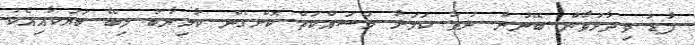
ފާޑު ވިދާޅުވާން ބޭނުން ނުވާ ކަމަށާ މަސައްކަތް ކޮށްގެން ކާމިޔާބު ލިބޭ ބަޔަކާއިއެކު